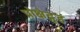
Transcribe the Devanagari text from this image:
प्रोक्षेद्गृहं